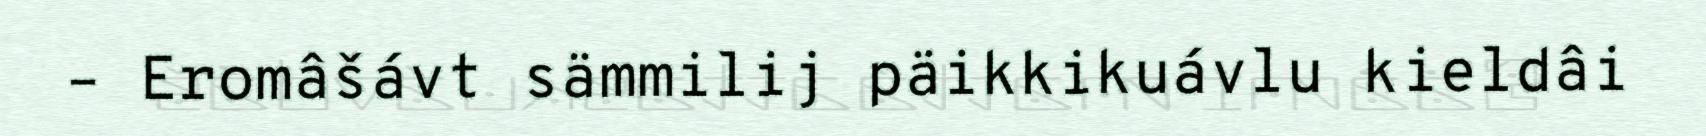
– Eromâšávt sämmilij päikkikuávlu kieldâi